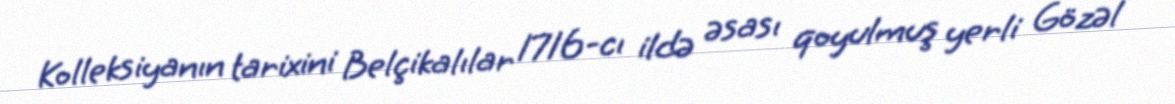
Kolleksiyanın tarixini Belçikalılar 1716-cı ildə əsası qoyulmuş yerli Gözəl